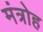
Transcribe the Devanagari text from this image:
मंत्रोह